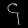
Digit: ၄